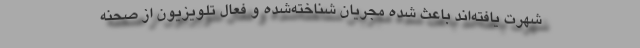
شهرت یافته‌اند باعث شده مجریان شناخته‌شده و فعال تلویزیون از صحنه